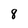
Character: 8